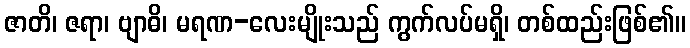
ဇာတိ၊ ဇရာ၊ ဗျာဓိ၊ မရဏ-လေးမျိုးသည် ကွက်လပ်မရှိ၊ တစ်ထည်းဖြစ်၏။